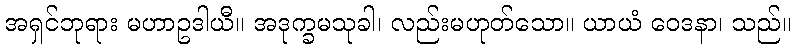
အရှင်ဘုရား မဟာဥဒါယီ။ အဒုက္ခမသုခါ၊ လည်းမဟုတ်သော။ ယာယံ ဝေဒနာ၊ သည်။